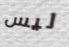
ليس